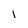
Character: l